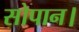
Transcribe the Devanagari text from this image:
सोपान।